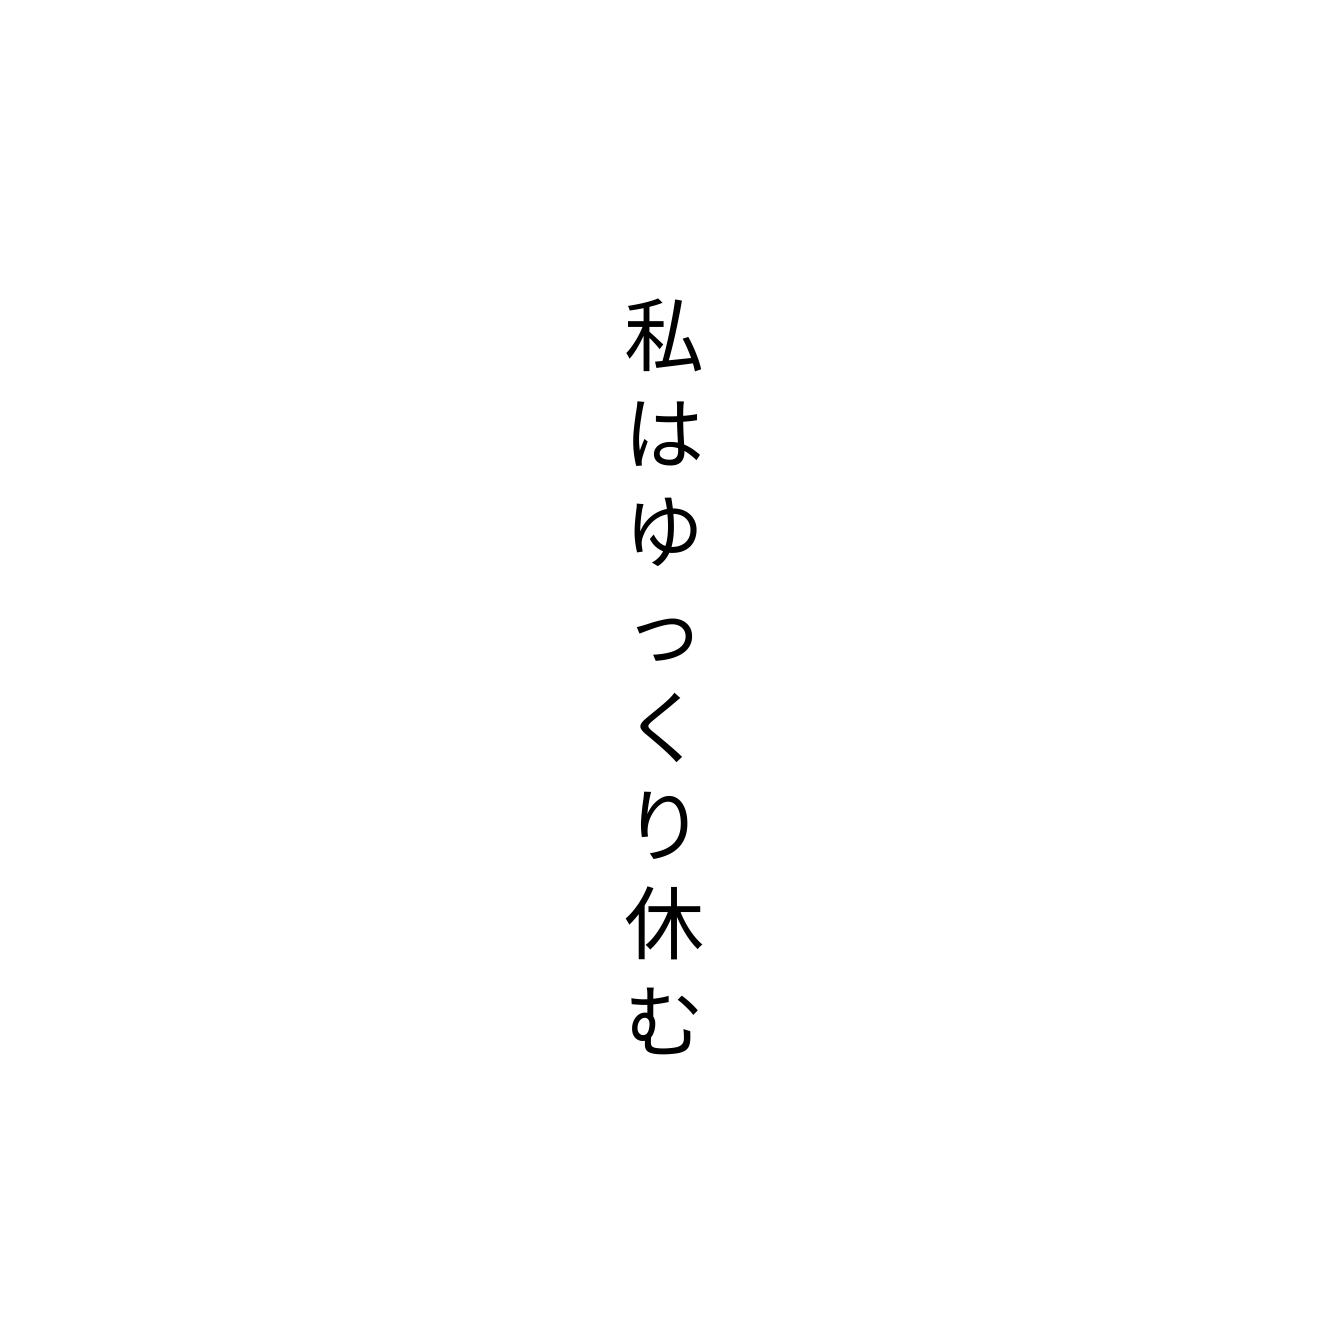
私はゆっくり休む